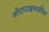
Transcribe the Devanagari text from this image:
नोरपाइनफ्रीन